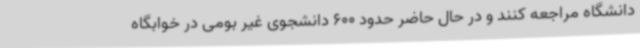
دانشگاه مراجعه کنند و در حال حاضر حدود 600 دانشجوی غیر بومی در خوابگاه